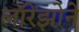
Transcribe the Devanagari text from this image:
लॉरेंझोने